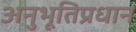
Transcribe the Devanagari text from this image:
अनुभूतिप्रधान